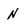
Character: n